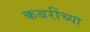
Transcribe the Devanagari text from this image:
कबरींच्या